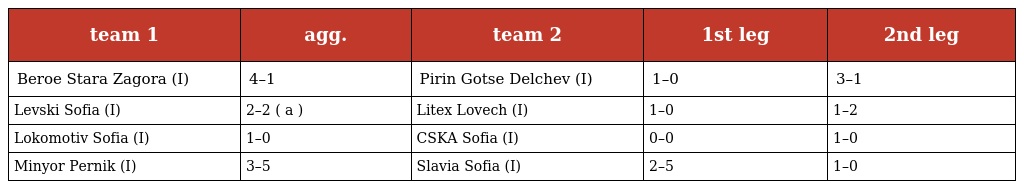
| team 1 | agg. | team 2 | 1st leg | 2nd leg |
 | --- | --- | --- | --- | --- |
 | Beroe Stara Zagora (I) | 4–1 | Pirin Gotse Delchev (I) | 1–0 | 3–1 |
 | Levski Sofia (I) | 2–2 ( a ) | Litex Lovech (I) | 1–0 | 1–2 |
 | Lokomotiv Sofia (I) | 1–0 | CSKA Sofia (I) | 0–0 | 1–0 |
 | Minyor Pernik (I) | 3–5 | Slavia Sofia (I) | 2–5 | 1–0 |